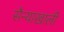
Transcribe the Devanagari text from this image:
सैन्याखाली